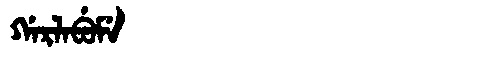
Manchu: ᡤᠠᡵᠯᠠᠪᡠᠮᡝ
Romanization: GARLABUME